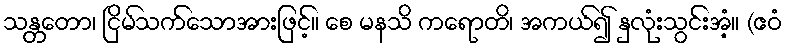
သန္တတော၊ ငြိမ်သက်သောအားဖြင့်။ စေ မနသိ ကရောတိ၊ အကယ်၍ နှလုံးသွင်းအံ့။ (ဧဝံ